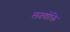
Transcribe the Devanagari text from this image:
लक्ष्योक्ति